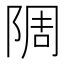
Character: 䧓